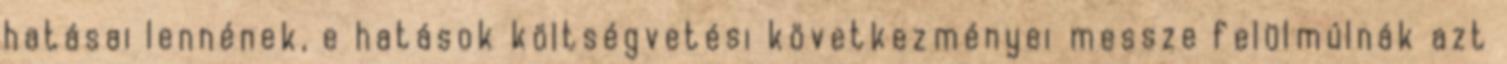
hatásai lennének, e hatások költségvetési következményei messze felülmúlnák azt